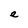
Character: e